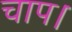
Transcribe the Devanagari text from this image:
चाप।